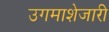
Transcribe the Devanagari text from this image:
उगमाशेजारी